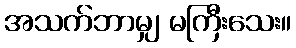
အသက်ဘာမျှ မကြီးသေး။